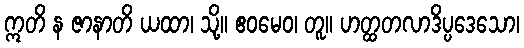
ဣတိ န ဇာနာတိ ယထာ၊ သို့။ ဧဝမေဝ၊ တူ။ ဟတ္ထတလာဒိပ္ပဒေသော၊